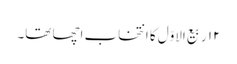
۱۲ ربیع الاوّل کا انتخاب اچھا تھا۔